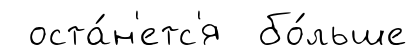
оста́н'етс'я бо́льше